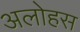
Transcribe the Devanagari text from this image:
अलोहस